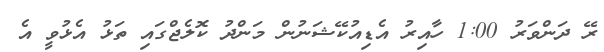
ރޭ ދަންވަރު 1:00 ހާއިރު އެޑިއުކޭޝަނުން މަންދު ކޮލެޖްގައި ތަޅު އެޅުވީ އެ